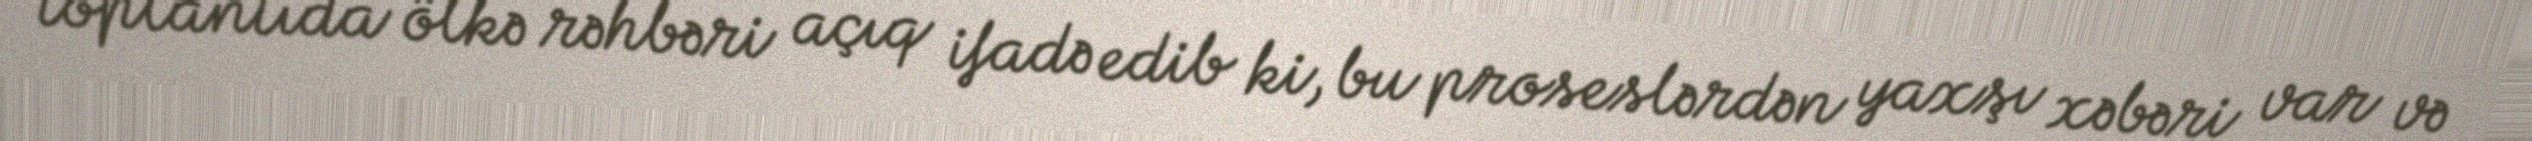
toplantıda ölkə rəhbəri açıq ifadə edib ki, bu proseslərdən yaxşı xəbəri var və